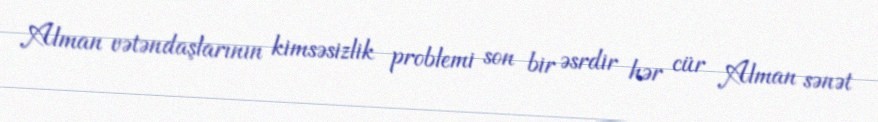
Alman vətəndaşlarının kimsəsizlik problemi son bir əsrdir hər cür Alman sənət